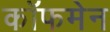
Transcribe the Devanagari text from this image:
कॉफमेन